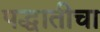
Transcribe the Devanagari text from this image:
पद्धातीचा